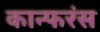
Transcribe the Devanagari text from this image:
कान्फरंस